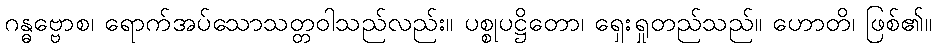
ဂန္ဓဗ္ဗောစ၊ ရောက်အပ်သောသတ္တဝါသည်လည်း။ ပစ္စုပဋ္ဌိတော၊ ရှေးရှုတည်သည်။ ဟောတိ၊ ဖြစ်၏။